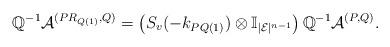
LaTeX: \begin{align*}\mathbb{Q}^{-1}\mathcal{A}^{(PR_{Q(1)},Q)}=\left(S_v(-k_{PQ(1)})\otimes\mathbb{I}_{|\mathcal{E}|^{n-1}}\right)\mathbb{Q}^{-1}\mathcal{A}^{(P,Q)}.\end{align*}